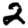
Digit: 2